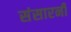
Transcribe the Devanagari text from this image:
संसारनी